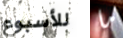
للأسبوع ما